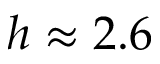
h \approx 2 . 6